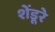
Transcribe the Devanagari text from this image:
शेंडूरे